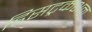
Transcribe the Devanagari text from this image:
डिसट्रकशन